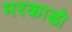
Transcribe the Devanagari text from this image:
मरकाडो